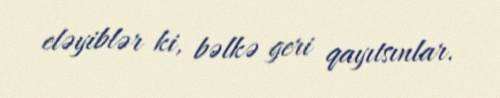
eləyiblər ki, bəlkə geri qayıtsınlar.